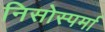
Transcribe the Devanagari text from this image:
निसोस्पर्मा